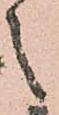
之